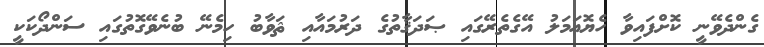
ގެންދެވޭނީ ކޮށްފައިވާ ހެޔޮޢަމަލު އޭގެތެރޭގައި ޞަދަޤާތުގެ ދަރުމައާއި ޘަވާބު ހިމެނޭ ބުނެވޭގޮތުގައި ސަންދޯކަކީ